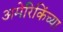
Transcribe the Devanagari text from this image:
अमेरिकिंच्या